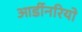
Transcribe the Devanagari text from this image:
आर्डीनरियो